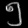
Digit: ၅